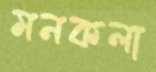
মনকলা